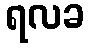
ရလခ